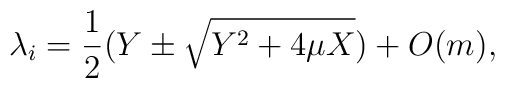
\lambda_{i} = \frac{1}{2} (Y \pm \sqrt{Y^{2} + 4\mu X}) + O(m),